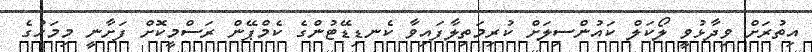
އިތުރަށް ވިދާޅުވީ ލޯކަލް ކައުންސިލަށް ކުރިމަތިލާފައިވާ ކެނޑިޑޭޓުންގެ ކެމްޕޭން ރަސްމީކޮށް ފަށާނީ މިމަހުގެ